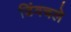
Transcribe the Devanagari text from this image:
डिंवचले